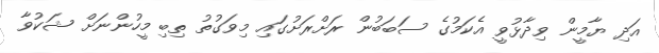
އަދި ޔާމީން ވިދާޅުވީ އެކަމުގެ ސަބަބުން ރަށްރަށުގައި މިވަގުތު ތިބި މީހުންނަށް ޝަކުވާ